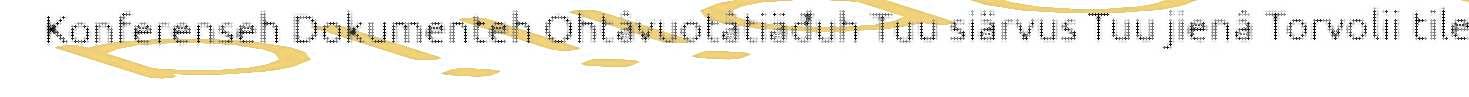
Konferenseh Dokumenteh Ohtâvuotâtiäđuh Tuu siärvus Tuu jienâ Torvolii tile